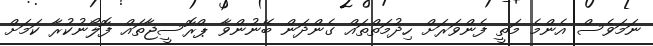
ނަމަވެސް އެންމެ މަތީ ފެންވަރަށް ހިދުމަތްތައް ގެންދަން ބޭނުންވާ ޕްރޮސީޖާތައް ފޮލޯނުކުރާ ކަމަށް